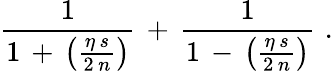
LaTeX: \frac{1}{1\, +\, \left(\frac{\eta\, s}{2\, n}\right)}\, +\, \frac{1}{1\, -\, \left(\frac{\eta\, s}{2\, n}\right)}\, \, .